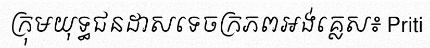
ក្រុមយុទ្ធជនដាសទេចក្រភពអង់គ្លេស៖ Priti